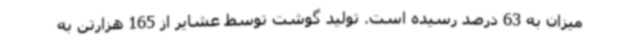
میزان به 63 درصد رسیده است. تولید گوشت توسط عشایر از 165 هزارتن به